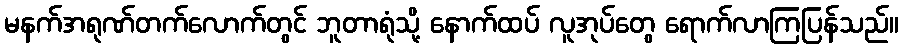
မနက်အရုဏ်တက်လောက်တွင် ဘူတာရုံသို့ နောက်ထပ် လူအုပ်တွေ ရောက်လာကြပြန်သည်။